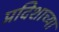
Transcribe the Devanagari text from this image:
प्रदिशाच्या